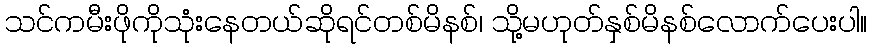
သင်ကမီးဖိုကိုသုံးနေတယ်ဆိုရင်တစ်မိနစ်၊ သို့မဟုတ်နှစ်မိနစ်လောက်ပေးပါ။